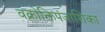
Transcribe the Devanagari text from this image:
वक्रोक्तिपंजाशिका